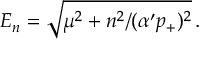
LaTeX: E _ { n } = \sqrt { \mu ^ { 2 } + n ^ { 2 } / ( \alpha ^ { \prime } p _ { + } ) ^ { 2 } } \, .